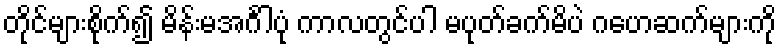
တိုင်များစိုက်၍ မိန်းမအင်္ဂါပုံ ကာလတွင်ပါ မပုတ်ခက်မိပဲ ဂဟေဆက်များကို